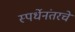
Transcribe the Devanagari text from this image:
स्पर्धेनंतरचे